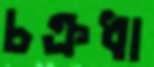
চক্রধা